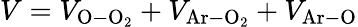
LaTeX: V=V_{\mathrm{O-O_{2}}}+V_{\mathrm{Ar-O_{2}}}+V_{\mathrm{Ar-O}}